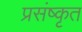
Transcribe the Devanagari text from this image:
प्रसंष्कृत